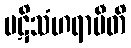
ပဋိသံဟရာမီတိ